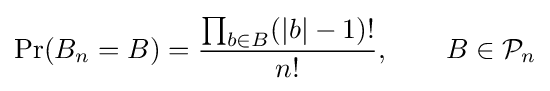
\Pr(B_{n}=B)={\frac {\prod _{b\in B}(|b|-1)!}{n!}},\qquad B\in {\mathcal {P}}_{n}